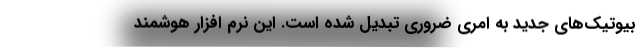
بیوتیک‌های جدید به امری ضروری تبدیل شده است. این نرم افزار هوشمند